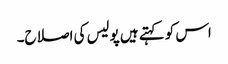
اس کو کہتے ہیں پولیس کی اصلاح۔